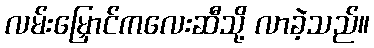
လမ်းမြှောင်ကလေးဆီသို့ လာခဲ့သည်။